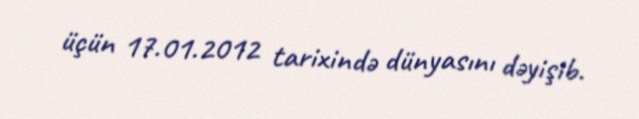
üçün 17.01.2012 tarixində dünyasını dəyişib.